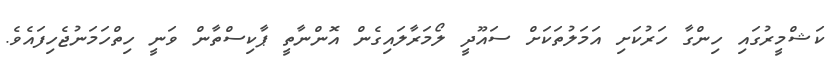
ކަޝްމީރުގައި ހިންގާ ހަރުކަށި އަމަލުތަކަށް ސައޫދީ ލޯމަރާލައިގެން އޮންނާތީ ޕާކިސްތާން ވަނީ ހިތްހަމަނުޖެހިފައެވެ.